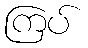
ကြပ်